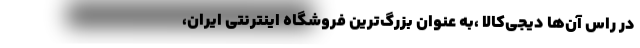
در راس آن­ها دیجی­کالا ،به عنوان بزرگ­ترین فروشگاه اینترنتی ایران،